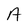
Character: A